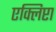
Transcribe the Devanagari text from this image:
एक्लिप्टा